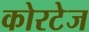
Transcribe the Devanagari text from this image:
कोरटेज